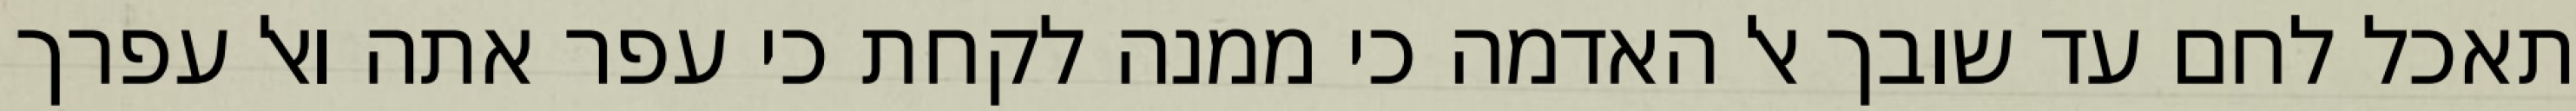
תאכל לחם עד שובך אל האדמה כי ממנה לקחת כי עפר אתה ואל עפרך